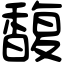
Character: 馥